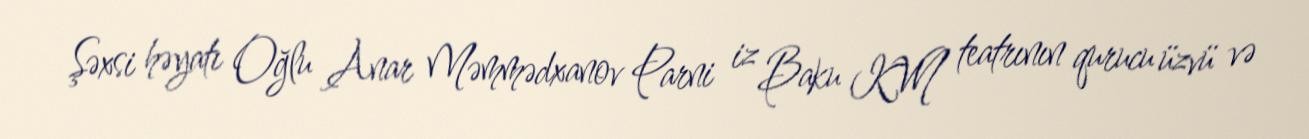
Şəxsi həyatı Oğlu Anar Məmmədxanov Parni iz Baku KVN teatrının qurucu üzvü və